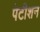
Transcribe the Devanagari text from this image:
पेटीशन